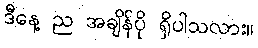
ဒီနေ့ ည အချိန်ပို ရှိပါသလား။